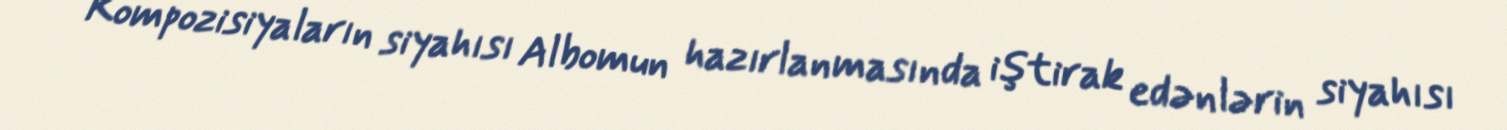
Kompozisiyaların siyahısı Albomun hazırlanmasında iştirak edənlərin siyahısı